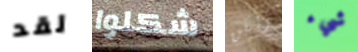
لقد شكلوا ولكن شيء